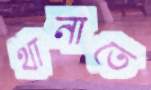
থানাতে